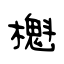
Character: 櫆